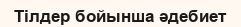
Тілдер бойынша әдебиет